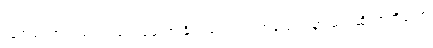
သူအရင်ကတည်းက ပြောခဲ့ဖူးတဲ့ နိုင်ငံရေးအရ အဖြေရှာသွားမယ်ဆိုတာကိုတော့